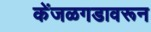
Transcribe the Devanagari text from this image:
केंजळगडावरून